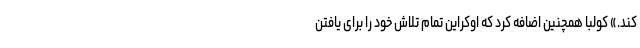
کند.» کولبا همچنین اضافه کرد که اوکراین تمام تلاش خود را برای یافتن